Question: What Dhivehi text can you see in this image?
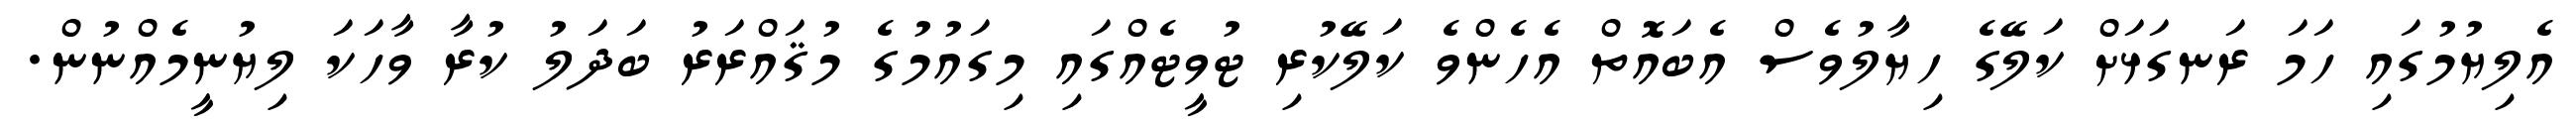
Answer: އެލިޔުމުގައި ހަމަ ރަނގަޅަށް ކަލޭގެ ހިޔާލުވެސް އެބައޮތް އެހެންވެ ކަލޭކުރި ޓުވީޓެއްގައި މިގައުމުގެ މުޤައްރަރު ބަދަލު ކުރާ ވާހަކަ ލިޔުނީމެއްނުން.